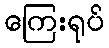
ကြေးရုပ်